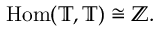
\mathrm { H o m } ( \mathbb { T } , \mathbb { T } ) \cong \mathbb { Z } .